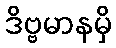
ဒိဗ္ဗမာနမှိ